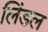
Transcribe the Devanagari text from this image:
लिंडल